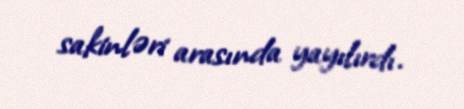
sakinləri arasında yayılırdı.